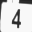
Digit: 4